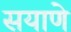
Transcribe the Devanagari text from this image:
सयाणे